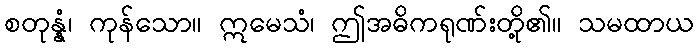
စတုန္နံ၊ ကုန်သော။ ဣမေသံ၊ ဤအဓိကရုဏ်းတို့၏။ သမထာယ